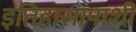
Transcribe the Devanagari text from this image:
इतिहासापाशी